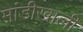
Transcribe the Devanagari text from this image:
मांडीखाली